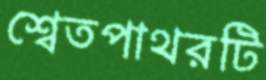
শ্বেতপাথরটি